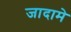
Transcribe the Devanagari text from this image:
जादामे